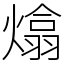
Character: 熻